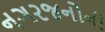
નગરજનોની